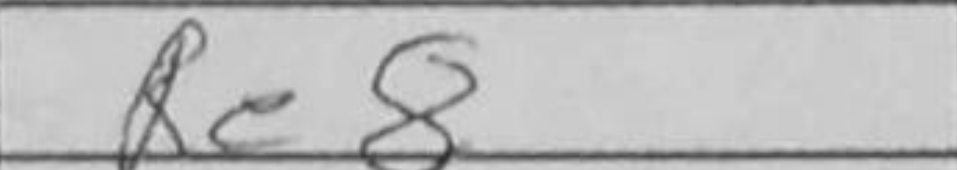
Transcription: Re8